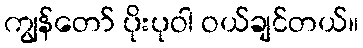
ကျွန်တော် ပိုးပုဝါ ဝယ်ချင်တယ်။